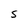
Character: S